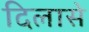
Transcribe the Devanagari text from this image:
दिलासे